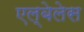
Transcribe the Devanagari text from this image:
एल्बेलेस